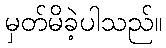
မှတ်မိခဲ့ပါသည်။